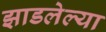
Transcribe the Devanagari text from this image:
झाडलेल्या